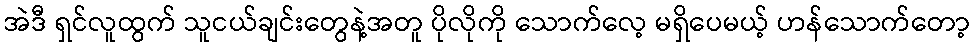
အဲဒီ ရှင်လူထွက် သူငယ်ချင်းတွေနဲ့အတူ ပိုလိုကို သောက်လေ့ မရှိပေမယ့် ဟန်သောက်တော့